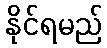
နိုင်ရမည်